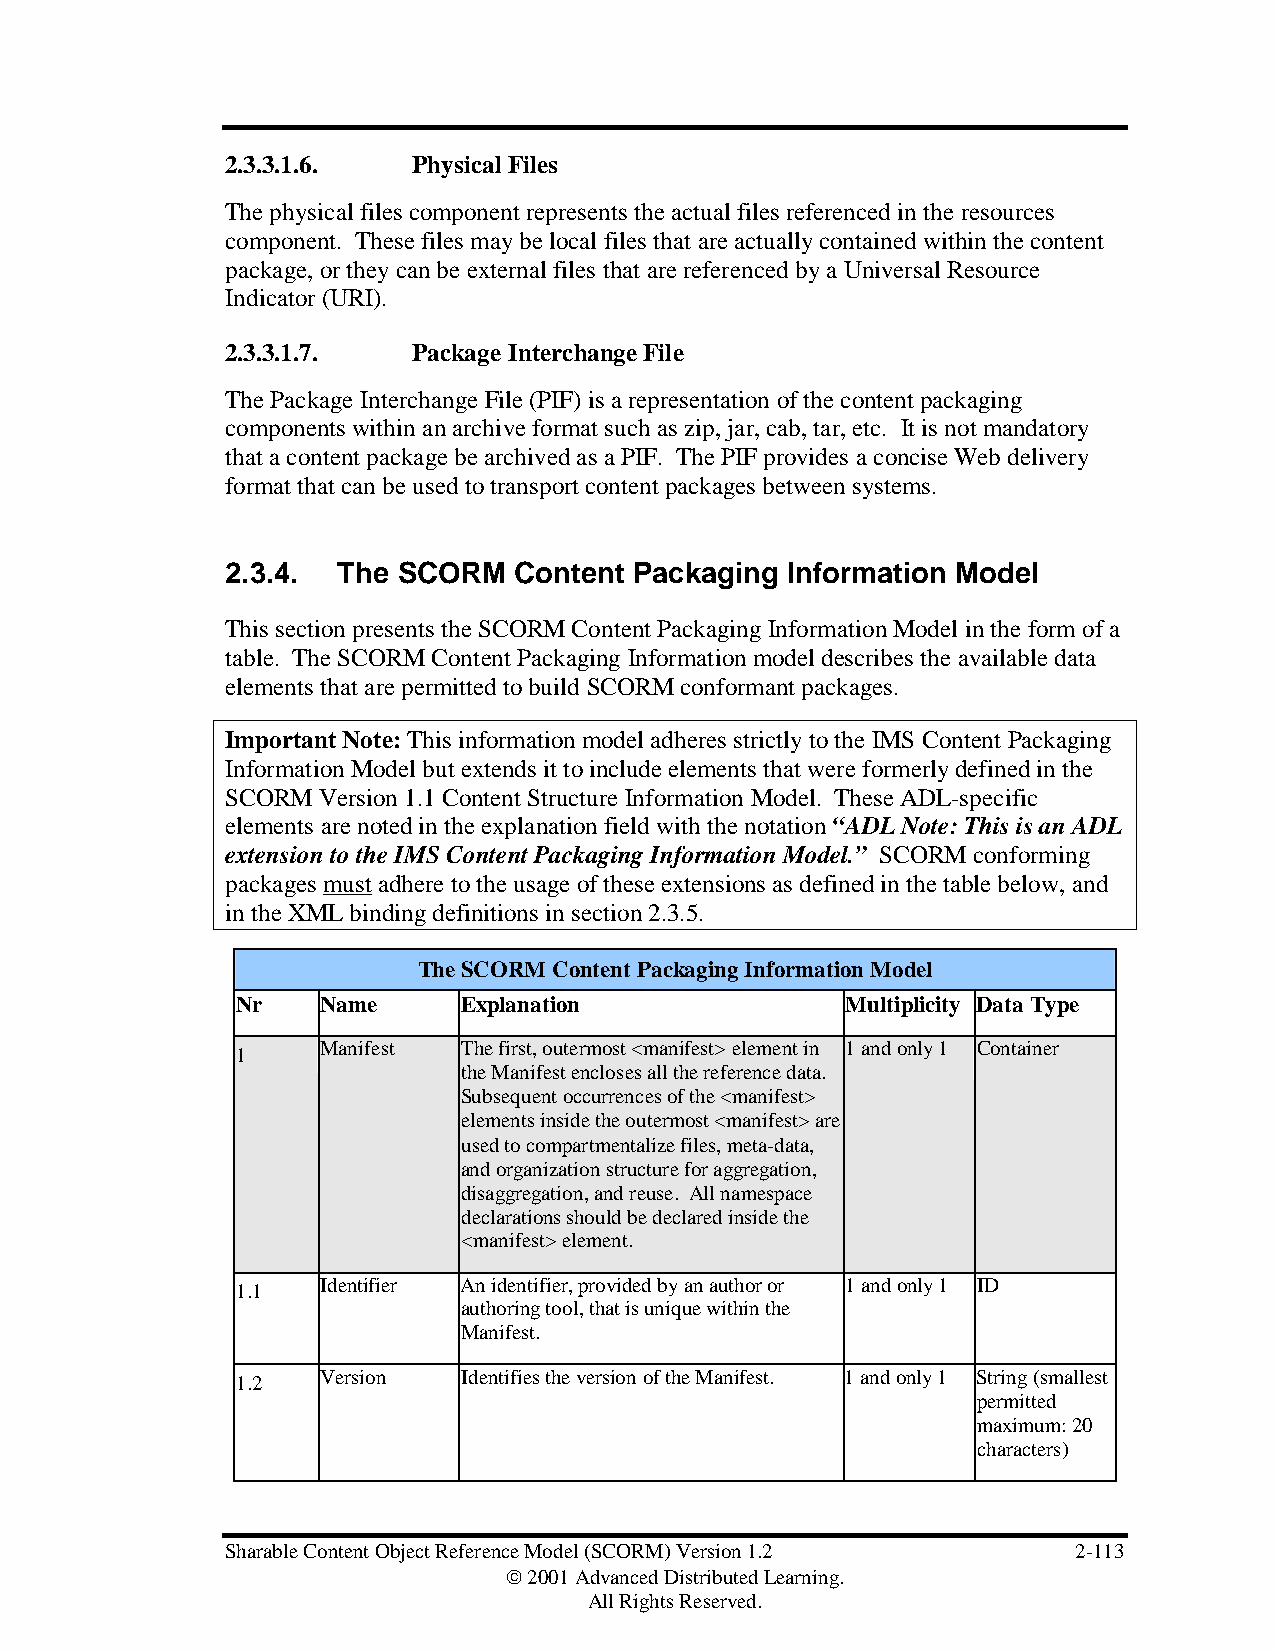
2.3.3.1.6.  Physical Files
 The physical files component represents the actual files referenced in the resources
 component. These files may be local files that are actually contained within the content
 package, or they can be external files that are referenced by a Universal Resource
 Indicator (URI).
 2.3.3.1.7.  Package Interchange File
 The Package Interchange File (PIF) is a representation of the content packaging
 components within an archive format such as zip, jar, cab, tar, etc. It is not mandatory
 that a content package be archived as a PIF. The PIF provides a concise Web delivery
 format that can be used to transport content packages between systems.
 2.3.4. The SCORM   Content Packaging Information Model
 This section presents the SCORM Content Packaging Information Model in the form of a
 table. The SCORM Content Packaging Information model describes the available data
 elements that are permitted to build SCORM conformant packages.
 Important Note: This information model adheres strictly to the IMS Content Packaging
 Information Model but extends it to include elements that were formerly defined in the
 SCORM Version 1.1 Content Structure Information Model. These ADL-specific
 elements are noted in the explanation field with the notation “ADL Note: This is an ADL
 extension to the IMS Content Packaging Information Model.” SCORM conforming
 packages must adhere to the usage of these extensions as defined in the table below, and
 in the XML binding definitions in section 2.3.5.
 The SCORM Content Packaging Information Model
 Nr   Name      Explanation              Multiplicity Data Type
 Manifest  The first, outermost <manifest> element in 1 and only 1 Container
 1
 the Manifest encloses all the reference data.
 Subsequent occurrences of the <manifest>
 elements inside the outermost <manifest> are
 used to compartmentalize files, meta-data,
 and organization structure for aggregation,
 disaggregation, and reuse. All namespace
 declarations should be declared inside the
 <manifest> element.
 Identifier An identifier, provided by an author or 1 and only 1 ID
 1.1
 authoring tool, that is unique within the
 Manifest.
 Version   Identifies the version of the Manifest. 1 and only 1 String (smallest
 1.2
 permitted
 maximum: 20
 characters)
 Sharable Content Object Reference Model (SCORM) Version 1.2 2-113
  2001 Advanced Distributed Learning.
 All Rights Reserved.